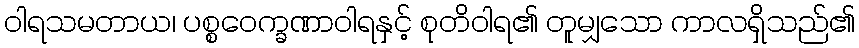
ဝါရသမတာယ၊ ပစ္စဝေက္ခဏာဝါရနှင့် စုတိဝါရ၏ တူမျှသော ကာလရှိသည်၏